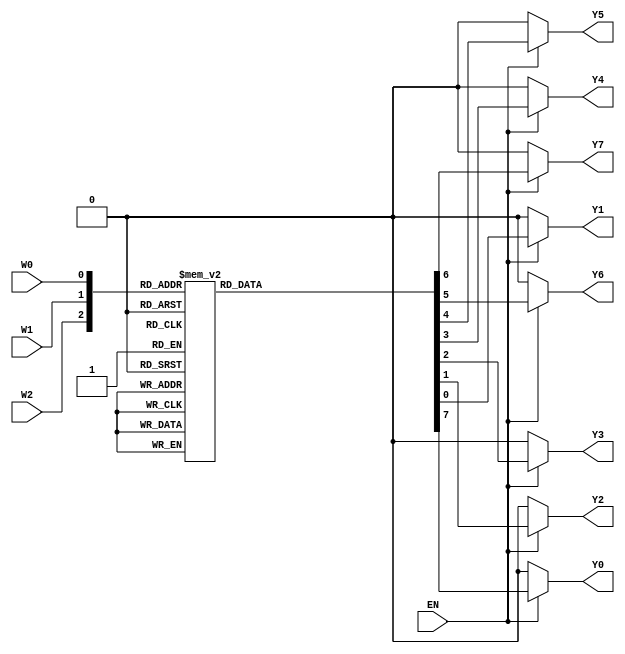
module decoder3to8 (EN, W2, W1, W0, Y0, Y1, Y2, Y3, Y4, Y5, Y6, Y7);
input EN, W2, W1, W0;
output reg Y0, Y1, Y2, Y3, Y4, Y5, Y6, Y7;

always @(EN, W2, W1, W0)
begin
{Y0, Y1, Y2, Y3, Y4, Y5, Y6, Y7} = 8'd0;
if (EN)
begin
case({W2, W1, W0})
3'b000 : Y0 = 1'b1;
3'b001 : Y1 = 1'b1;
3'b010 : Y2 = 1'b1;
3'b011 : Y3 = 1'b1;
3'b100 : Y4 = 1'b1;
3'b101 : Y5 = 1'b1;
3'b110 : Y6 = 1'b1;
3'b111 : Y7 = 1'b1;
endcase
end
end
endmodule